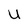
Character: u